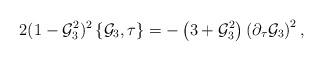
LaTeX: \begin{align*}2(1-{\cal G}_3^2)^2\left\{{\cal G}_3,\tau\right\}=-\left(3+{\cal G}_3^2\right)\left(\partial_\tau{\cal G}_3\right)^2,\end{align*}